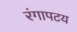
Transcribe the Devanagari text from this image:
रंगापटय